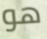
هو